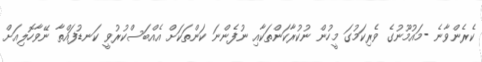
ކެރެންވާނެ -މައުމޫނުގެ ވެރިކަމުގަ މީހުން ނުކުރާކަންތަކާއި ނުފެންނަ ކަންތަކަށް އެއްބަސްކުރުވީ ކަނޑުފައްތާ ނޭވާހޮލިއަށް